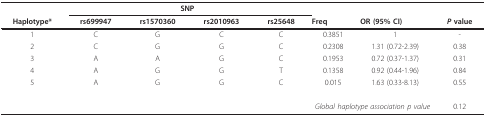
|  | <COLSPAN=4> SNP |  |  |  |
 | Haplotype* | rs699947 | rs1570360 | rs2010963 | rs25648 | Freq | OR (95% CI) | P value |
 | --- | --- | --- | --- | --- | --- | --- | --- |
 | 1 | C | G | C | C | 0.3851 | 1 | - |
 | 2 | C | G | G | C | 0.2308 | 1.31 (0.72-2.39) | 0.38 |
 | 3 | A | A | G | C | 0.1953 | 0.72 (0.37-1.37) | 0.31 |
 | 4 | A | G | G | T | 0.1358 | 0.92 (0.44-1.96) | 0.84 |
 | 5 | A | G | G | C | 0.015 | 1.63 (0.33-8.13) | 0.55 |
 | <COLSPAN=7> Global haplotype association p value | 0.12 |